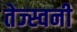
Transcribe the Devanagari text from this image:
तेज्स्वनी